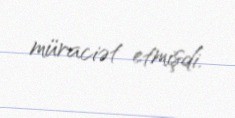
müraciət etmişdi.